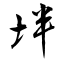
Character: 坢